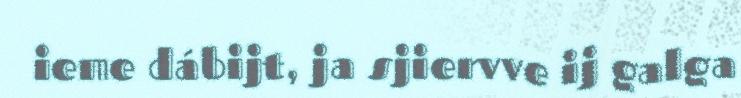
ieme dábijt, ja sjiervve ij galga